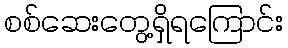
စစ်ဆေးတွေ့ရှိရကြောင်း